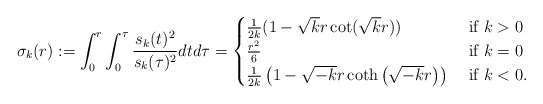
\begin{align*}\sigma_{k}(r):=\int_{0}^{r} \int_{0}^{\tau} \frac{s_{k}(t)^{2}}{s_{k}(\tau)^{2}} d t d \tau=\begin{cases}\frac{1}{2 k}(1-\sqrt{k} r \cot (\sqrt{k} r))&\textrm{ if }k>0\\\frac{r^2}{6} &\textrm{ if }k=0\\\frac{1}{2k} \left(1 -\sqrt{-k}r \coth \left(\sqrt{-k} r \right)\right) &\textrm{ if }k<0.\end{cases}\end{align*}